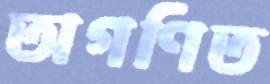
অগণিত